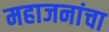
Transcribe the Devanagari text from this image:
महाजनांचा